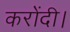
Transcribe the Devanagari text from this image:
करोंदी।